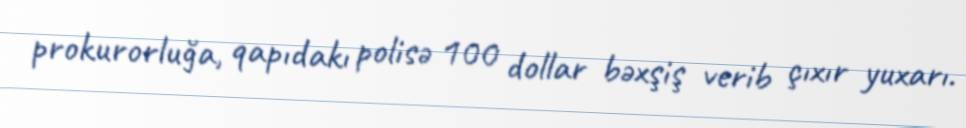
prokurorluğa, qapıdakı polisə 100 dollar bəxşiş verib çıxır yuxarı.